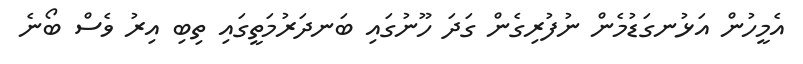
އެމީހުން އަޅުނގަޑުމެން ނުފުރިގެން ގަދަ ހޫނުގައި ބަނދަރުމަތީގައި ތިބި އިރު ވެސް ބޯނެ